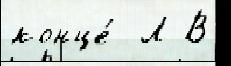
конце́  Л В